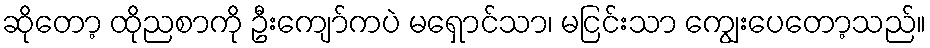
ဆိုတော့ ထိုညစာကို ဦးကျော်ကပဲ မရှောင်သာ၊ မငြင်းသာ ကျွေးပေတော့သည်။